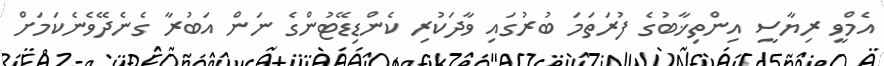
އެމްވީ ރިޔާސީ އިންތިޚާބުގެ ފުރަތަމަ ބުރުގައި ވާދަކުރި ކެންޑިޑޭޓުންގެ ނަން އަބުރާ ގެނެދޭވެނެކަމަށް